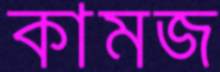
কামজ